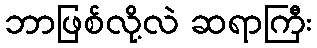
ဘာဖြစ်လို့လဲ ဆရာကြီး